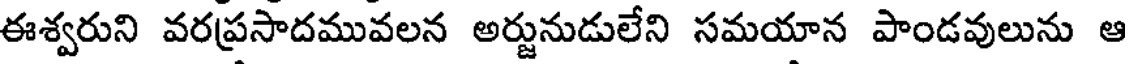
ఈశ్వరుని వరప్రసాదమువలన అర్జునుడులేని సమయాన పాండవులును ఆ